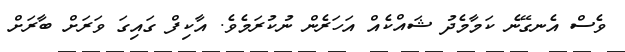
ވެސް އެނގޭނެ ކަމާމެދު ޝައްކެއް އަހަރެން ނުކުރަމެވެ. އާކިފް ގައިގަ ވަރަށް ބާރަށް